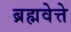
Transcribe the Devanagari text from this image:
ब्रह्मवेत्ते